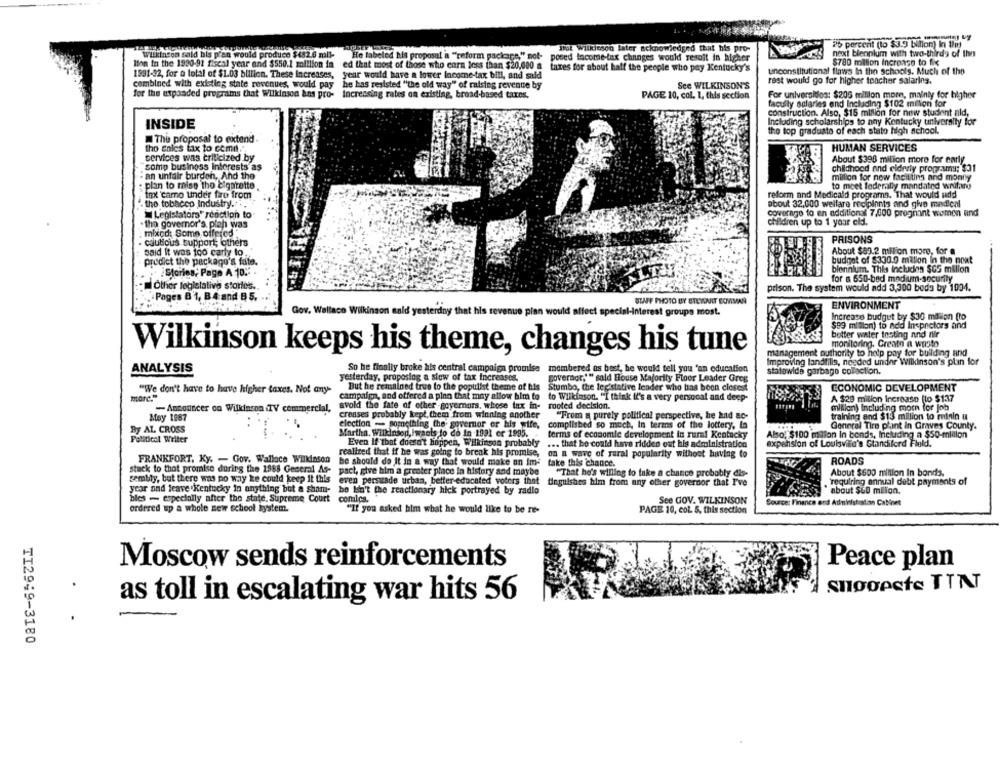
26 percent (lo $3.9 billion) In this
Wilkinson sald bis pran would produce $482.6 mil-
SPOL Wilkinson later acknowledged that his pro-
next biennium with two-thirds of the
He labeled his proposal a "reform package," not- posed Income-tax changes would result in higher
$780 million Increase to fix
lion in the 1990-91 fiscal year and $550.1 million in ed that most of those who earn less than $20,000 a
taxes for about half the people who pay Kentucky's
1991-32, for a total of $1.03 billion. These Increases,
year would have a lower Income-tax bill, and said
unconstitutional flaws In the schools, Much of the
combined with existing state revenues, would pay he has resisted "the old way" of raising revenue by
See WILKINSON'S
rast would go for higher teacher salaring.
for the expanded programs that Wilkinson ans pro- increasing rates on existing, broad-based taxes.
PAGE 10, col. 1, this section
For universities: $206 million more, mainly for tilgher
facully salaries end Including $102 million for
construction. Also, $15 million for now student Fild,
Including scholarships to any Kentucky university for
INSIDE
the top graduate of each stato high school.
The proposal to extend
tho enics fax to come.",
HUMAN SERVICES
services was criticized by
About $398 million more for early
somp business interests as
childhood and elderly programs; $31
an unfair burden, And the
million for now facilting and monty
plan to mise the cigarette
to meet federally mandated wrufar
tax 'camo tinder fire from
reform and Medicald programs. That would add
the tobacco Industry ..
about 32,000 welfare recipients and give medical
Legislators' reaction to
coverage to en additional 7,000 pregnant women and
. tho governor's. plan was
children up to 1 your cldi.
mixcd: Some offered*
PRISONS
cautious support; others
said It was too carly to
About $89.2 milion more, for a
predict the package's fate.
budget of $330.0 million In the nout
biennium. This Includes $GS milion
:Stories, Page A 10." .
for a 650-bed modium-security
Other legislativo stories ..
prison. The system would add 3,300 beds by 1904.
Pages B 1, B 4 and B 5.
STAFF PHOTO BY ETLYONIT BOVIMAN
ENVIRONMENT
Gov. Wallace Wilkinson Bald yesterday that his revenue plan would affect special-interest groups most.
Increase budget by $30 mision (to
$99 mision) to add Inspectors and
better water insting and nir
monitoring. Create a wasto
Wilkinson keeps his theme, changes his tune
management authority to help pay for building and
Improving landtilis, needed under Wilkinson's plan for
So he finally broke his central campaign promise
membered as best, he would tell you 'an education
statewide garbage collection.
ANALYSIS
yesterday, proposing a slow of tax increases.
governor."" sald House Majority Floor Leader Greg
"We don't have to have higher taxes. Not any-
But he remained true to the populist theme of his Stumbo, the legislative leader who has been closest
ECONOMIC DEVELOPMENT
more."
campaign, and offered a pinn that may allow him to to Wilkinson. "I think it's a very personal and deep-
A $29 milion Increase [lo $137
-Antonncer on Wilkinson TV commercial,
svold the fate of other apyernors, whose tax in-
rooted decision.
million) Including morn for job
May 1987
creases probably kept them from winning another
"From a purely political perspective, he had ac-
training and $13 million to retain a
election - something the governor or his wife,
complished so much, In terms of the lottery, la
By AL CROSS
Martha. Wilkinson, Iwants to co in-1991 er 1995.
General Tire phant in Graves County.
Political Writer
terms of economic development in rumi Kentucky
Also: $100 milion In bonds, Including a $50-million
Even If that doesn't happen, Wilkinson probably
... that he could have ridden out his administration
expansion of Louisville's Standiford Field.
realized that if he was going to break his promise,
on a wave of rural popularity without having to
FRANKFORT, Ky. - Gov. Wallace Wilkinson
be should do It in a way that would make an Im:
take this chance.
ROADS
stuck to that promise during the 1988 Geceral As-
pact, give him a greater place in history and maybe
semily, but there was no way ke could keep it this
"That he's willing to take a chance probably dis-
About $600 million In bonds.
even persuade urban, better-educated voters that
tinguishes him from any other governor that I've
'requiring annual debt payments of
year and leave Kentucky in anything but a sham- he Min't the reactionary hick portrayed by radio
"about $60 milion.
bles - especially after the state. Supreme Court comles.
See GOV. WILKINSON
Source: Finance and Administration Cabinet
ordered up a whole new school lystem.
"If you asked him what he would like to be re-
PAGE 10, col. 5. this section
Moscow sends reinforcements
Peace plan
1 snooeste TTAT
as toll in escalating war hits 56
TI2949-3180